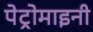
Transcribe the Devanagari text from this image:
पेट्रोमाइनी